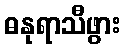
ဓနုရာသီဖွား